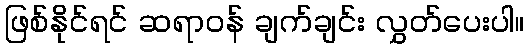
ဖြစ်နိုင်ရင် ဆရာဝန် ချက်ချင်း လွှတ်ပေးပါ။